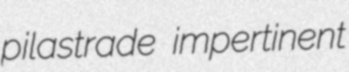
pilastrade impertinent